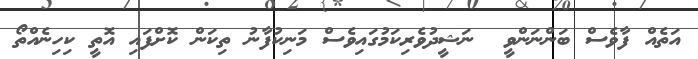
އަތެއް ފާވެސް ބަންނަންވީ  ނަޝީދުވެރިކަމުގައިވެސް މަނިކުފާނު ތިކަން ކޮށްފައި އޮތީ ކިހިނެއްތޯ